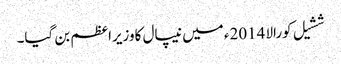
ششیل کورالا 2014ء میں نیپال کاوزیراعظم بن گیا۔